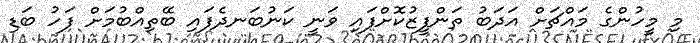
މި މީހުންގެ މައްޗަށް އަދަބު ތަންފީޒުކޮށްފައި ވަނީ ކަނުބަނދެފައި ބޭތިއްބުމަށް ފަހު ބަޑި